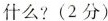
什么?(2分)